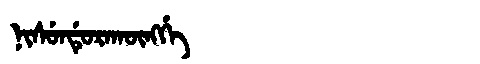
Manchu: ᠨᡳᠰᡠᠨᡩᡠᡵᠠᡴᡡᠩᡤᡝ
Romanization: NISUNDURAKŪNGGE